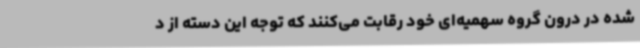
شده در درون گروه سهمیه‌ای خود رقابت می‌کنند که توجه این دسته از د